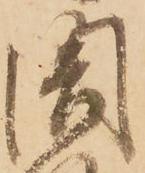
閤